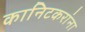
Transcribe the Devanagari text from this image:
कानिटकरांना